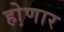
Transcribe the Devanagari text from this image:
हो़णार